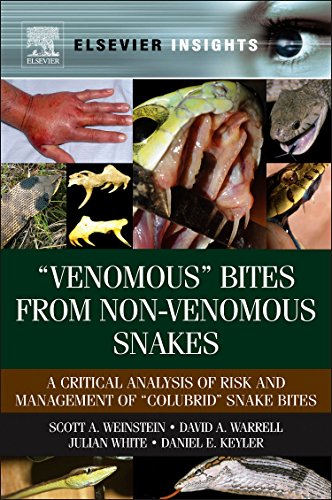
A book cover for "VenomousEE Bites from Non-Venomous Snakes: A Critical Analysis of Risk and Management of "lubridEE Snake Bites (Elsevier Insights)ii; Scott A Weinstein; Medical Books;